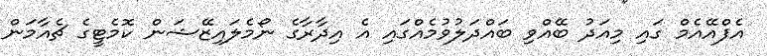
އެފްއޭއެމް ގައި މިއަދު ބޭއްވި ބައްދަލުވުމެއްގައި އެ އިދާރާގެ ނޯމެލައިޒޭޝަން ކޮމެޓީގެ ޗެއާމަން